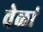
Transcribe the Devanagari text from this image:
वेळां